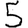
Digit: 5